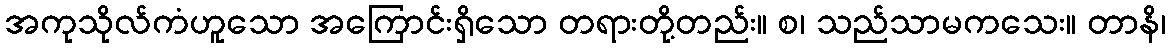
အကုသိုလ်ကံဟူသော အကြောင်းရှိသော တရားတို့တည်း။ စ၊ သည်သာမကသေး။ တာနိ၊